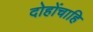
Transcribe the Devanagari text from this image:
दोहोंचाहि